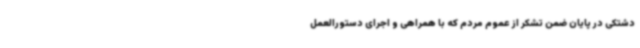
دشتکی در پایان ضمن تشکر از عموم مردم که با همراهی و اجرای دستورالعمل